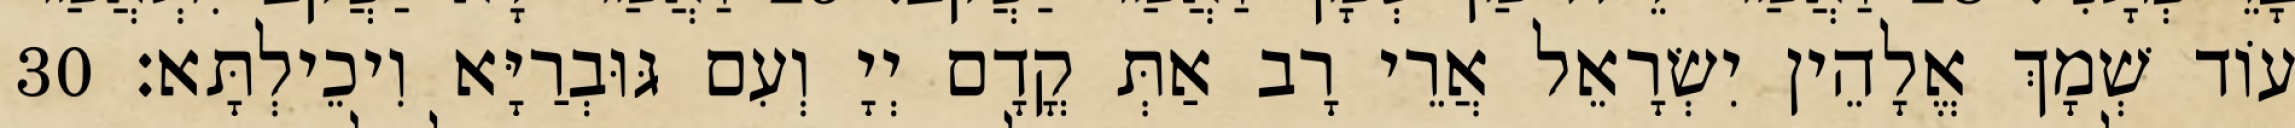
עוֹד שְׁמָךְ אֱלָהֵין יִשְׂרָאֵל אֲרֵי רָב אַתְּ קֳדָם יְיָ וְעִם גּוּבְרַיָּא וִיכֵילְתָּא׃ 30